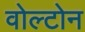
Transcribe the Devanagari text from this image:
वोल्टोन